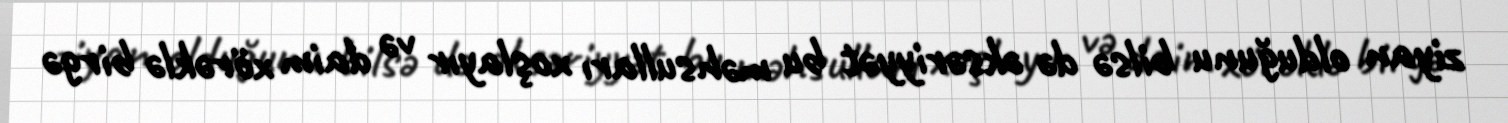
ziyan olduğunu bilsə də əksəriyyət bu məhsulları xoşlayır və daim xörəklə birgə